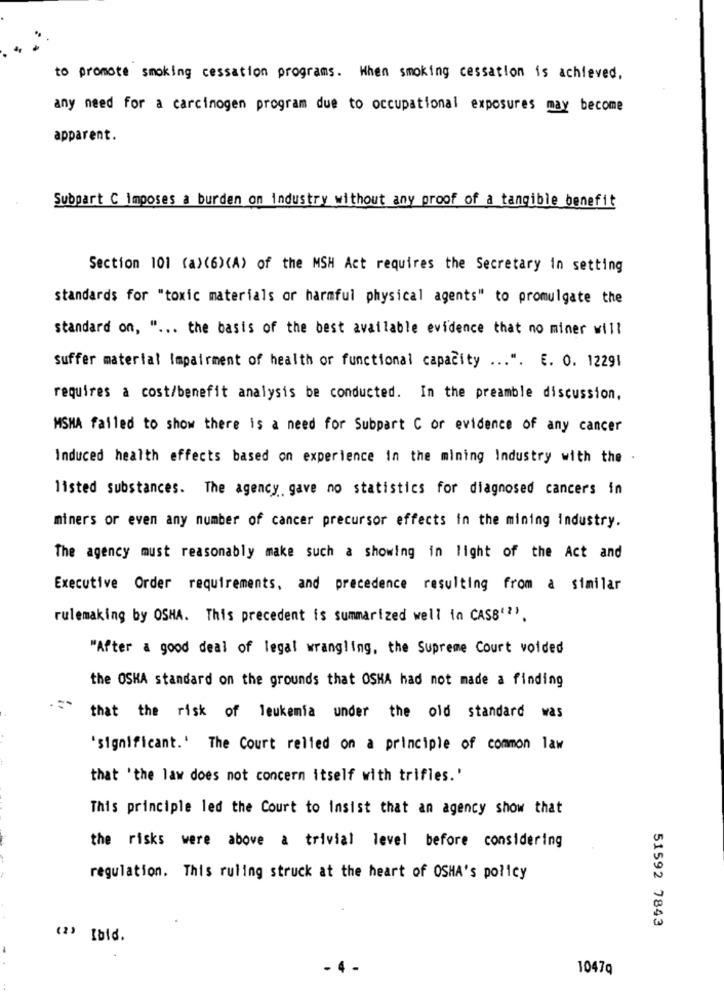
to promote smoking cessation programs. When smoking cessation is achieved.
any need for a carcinogen program due to occupational exposures may become
apparent.
Subpart C imposes a burden on industry without any proof of a tangible benefit
Section 101 (a> <6><A> of the MSH Act requires the Secretary in setting
standards for "toxic materials or harmful physical agents" to promulgate the
standard on, " ... the basis of the best available evidence that no miner will
Suffer material Impairment of health or functional capacity ... ". E. 0. 12291
requires a cost/benefit analysis be conducted. In the preamble discussion,
MSMA failed to show there is a need for Subpart C or evidence of any cancer
Induced health effects based on experience in the mining Industry with the
listed substances. The agency gave no statistics for diagnosed cancers in
miners or even any number of cancer precursor effects in the mining industry.
The agency must reasonably make such a showing in light of the Act and
Executive Order requirements, and precedence resulting from a similar
rulemaking by OSHA. This precedent is summarized well in CASE'2'.
"After a good deal of legal wrangling, the Supreme Court voided
the OSHA standard on the grounds that OSHA had not made a finding
that the risk of leukemia under the old standard was
'significant.' The Court relied on a principle of common law
that 'the law does not concern itself with trifles.'
This principle led the Court to insist that an agency show that
the risks were above a trivial level before considering
regulation. This ruling struck at the heart of OSHA's policy
51592 7843
(2) Ibid.
1047Q